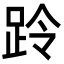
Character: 跉